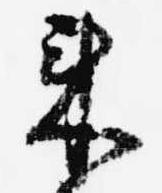
来